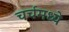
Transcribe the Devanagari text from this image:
चर्चमध्‍ये